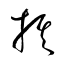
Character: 棋